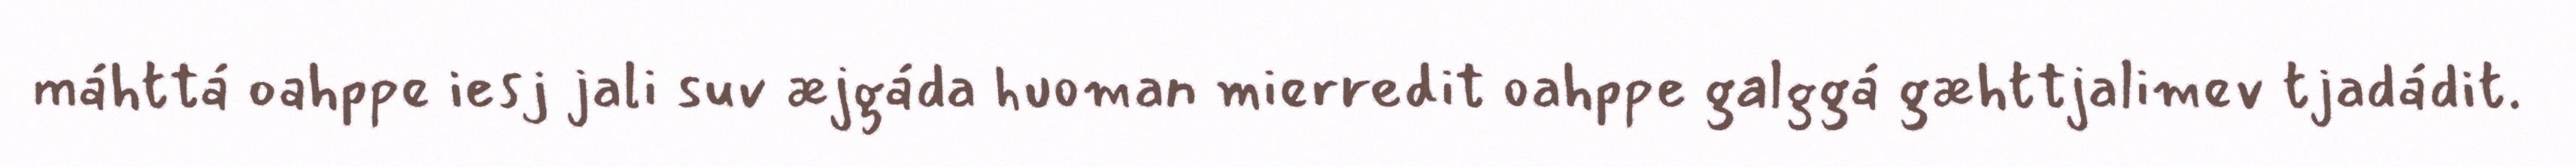
máhttá oahppe iesj jali suv æjgáda huoman mierredit oahppe galggá gæhttjalimev tjadádit.